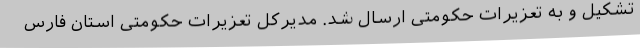
تشکیل و به تعزیرات حکومتی ارسال شد. مدیرکل تعزیرات حکومتی استان فارس